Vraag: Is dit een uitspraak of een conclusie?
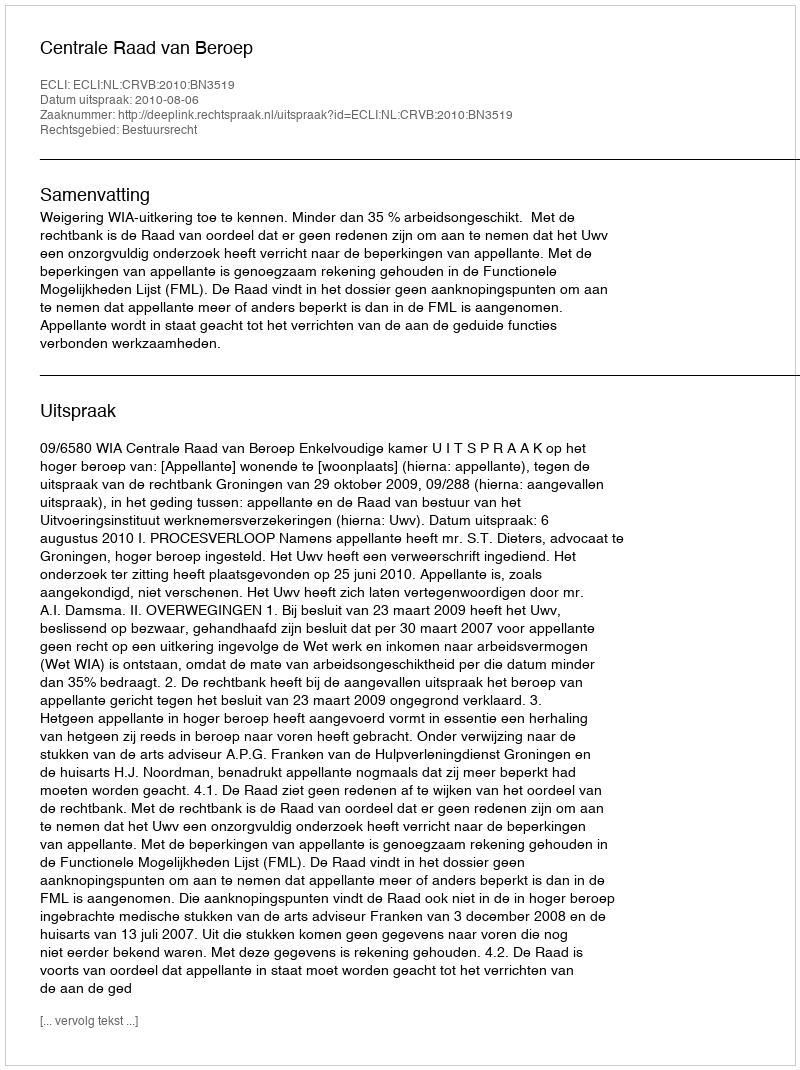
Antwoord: Uitspraak